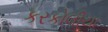
કરકોલીયા